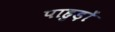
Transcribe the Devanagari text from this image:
पाहुड़ों